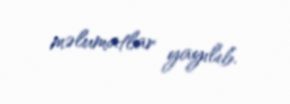
məlumatlar yayılıb.